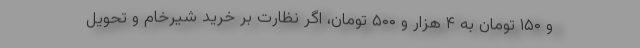
و ۱۵۰ تومان به ۴ هزار و ۵۰۰ تومان، اگر نظارت بر خرید شیرخام و تحویل